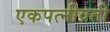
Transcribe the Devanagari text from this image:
एकपत्नीव्रती